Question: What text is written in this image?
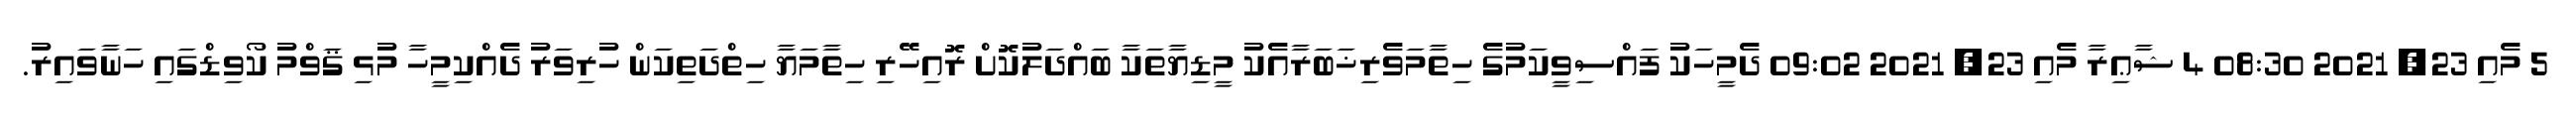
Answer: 5 މެއި 23, 2021 08:30 4 ޝާޢިރާ މެއި 23, 2021 09:02 ދެމީހަކު ފައްސިވީކަމުގެ ހިތާމަވެރިޚަބަރާއެކު މީޑިޔާތަކާ ބައްދަލުކޮށް ރޮއިހޭރި ހިތާމަޔާ ހިތްދަތިކަން ހުރިވަރު ދެއްކިމީހާ މުޅި ޤަވްމު ކޯވިޑްގައި ހަނާވައިރު.